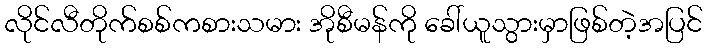
လိုင်လီတိုက်စစ်ကစားသမား အိုစီမန်ကို ခေါ်ယူသွားမှာဖြစ်တဲ့အပြင်